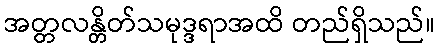
အတ္တလန္တိတ်သမုဒ္ဒရာအထိ တည်ရှိသည်။